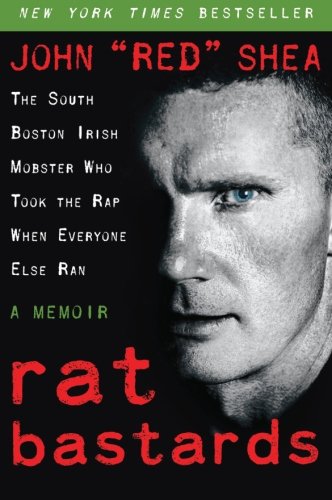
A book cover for Rat Bastards: The South Boston Irish Mobster Who Took the Rap When Everyone Else Ran; John "Red" Shea; Biographies & Memoirs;